Civil Veterinary Dept. Bombay admin report 1932-41 - 1932-1941
Year: 1932
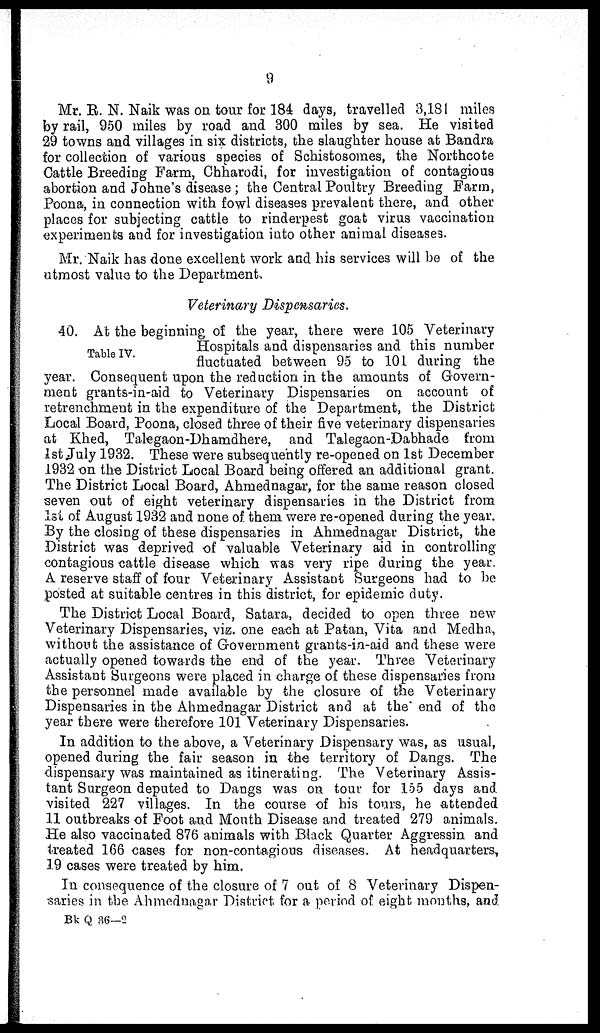
9
Mr. R. N. Naik was on tour for 184 days, travelled 3,181 miles
by rail, 950 miles by road and 300 miles by sea. He visited
29 towns and villages in six districts, the slaughter house at Bandra
for collection of various species of Schistosomes, the Northcote
Cattle Breeding Farm, Chharodi, for investigation of contagious
abortion and Johne's disease; the Central Poultry Breeding Farm,
Poona, in connection with fowl diseases prevalent there, and other
places for subjecting cattle to rinderpest goat virus vaccination
experiments and for investigation into other animal diseases.
Mr. Naik has done excellent work and his services will be of the
utmost value to the Department.
Veterinary Dispensaries.
Table IV.
40. At the beginning of the year, there were 105 Veterinary
Hospitals and dispensaries and this number
fluctuated between 95 to 101 during the
year. Consequent upon the reduction in the amounts of Govern-
ment grants-in-aid to Veterinary Dispensaries on account of
retrenchment in the expenditure of the Department, the District
Local Board, Poona, closed three of their five veterinary dispensaries
at Khed, Talegaon-Dhamdhere, and Talegaon-Dabhade from
1st July 1932. These were subsequently re-opened on 1st December
1932 on the District Local Board being offered an additional grant.
The District Local Board, Ahmednagar, for the same reason closed
seven out of eight veterinary dispensaries in the District from
1st of August 1932 and none of them were re-opened during the year.
By the closing of these dispensaries in Ahmednagar District, the
District was deprived of valuable Veterinary aid in controlling
contagious cattle disease which was very ripe during the year.
A reserve staff of four Veterinary Assistant Surgeons had to be
posted at suitable centres in this district, for epidemic duty.
The District Local Board, Satara, decided to open three new
Veterinary Dispensaries, viz. one each at Patan, Vita and Medha,
without the assistance of Government grants-in-aid and these were
actually opened towards the end of the year. Three Veterinary
Assistant Surgeons were placed in charge of these dispensaries from
the personnel made available by the closure of the Veterinary
Dispensaries in the Ahmednagar District and at the end of the
year there were therefore 101 Veterinary Dispensaries.
In addition to the above, a Veterinary Dispensary was, as usual,
opened during the fair season in the territory of Dangs. The
dispensary was maintained as itinerating. The Veterinary Assis-
tant Surgeon deputed to Dangs was on tour for 155 days and
visited 227 villages. In the course of his tours, he attended
11 outbreaks of Foot and Mouth Disease and treated 279 animals.
He also vaccinated 876 animals with Black Quarter Aggressin and
treated 166 cases for non-contagious diseases. At headquarters,
19 cases were treated by him.
In consequence of the closure of 7 out of 8 Veterinary Dispen-
saries in the Ahmednagar District for a period of eight months, and
Bk Q 36—2